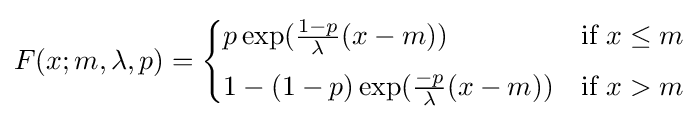
F(x;m,\lambda ,p)={\begin{cases}p\exp({\frac {1-p}{\lambda }}(x-m))&{\text{if }}x\leq m\\[4pt]1-(1-p)\exp({\frac {-p}{\lambda }}(x-m))&{\text{if }}x>m\end{cases}}